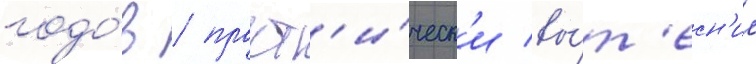
годо́в / практ'и́ческ'и вы́т'есн'ил